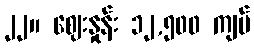
၂၂။ ဈေးနှုန်း ၁၂,၅၀၀ ကျပ်